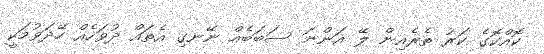
ކޮއްކޮގެ ކަރު ތެރެއިން ލޭ އަންނަ ސަބަބެއް ނޭނގި އެތައް ދުވަހެއް ހޭދަވުމަކީ